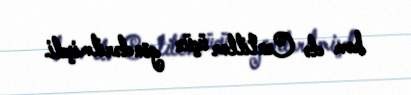
həm də Centillər üçün göndərilmişdi.